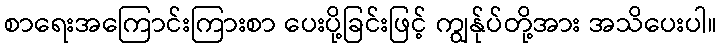
စာရေးအကြောင်းကြားစာ ပေးပို့ခြင်းဖြင့် ကျွန်ုပ်တို့အား အသိပေးပါ။